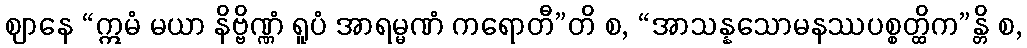
ဈာနေ “ဣမံ မယာ နိဗ္ဗိဏ္ဏံ ရူပံ အာရမ္မဏံ ကရောတီ”တိ စ, “အာသန္နသောမနဿပစ္စတ္ထိက”န္တိ စ,